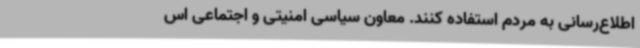
اطلاع‌رسانی به مردم استفاده کنند. معاون سیاسی امنیتی و اجتماعی اس